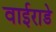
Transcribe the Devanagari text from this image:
वाईराडे